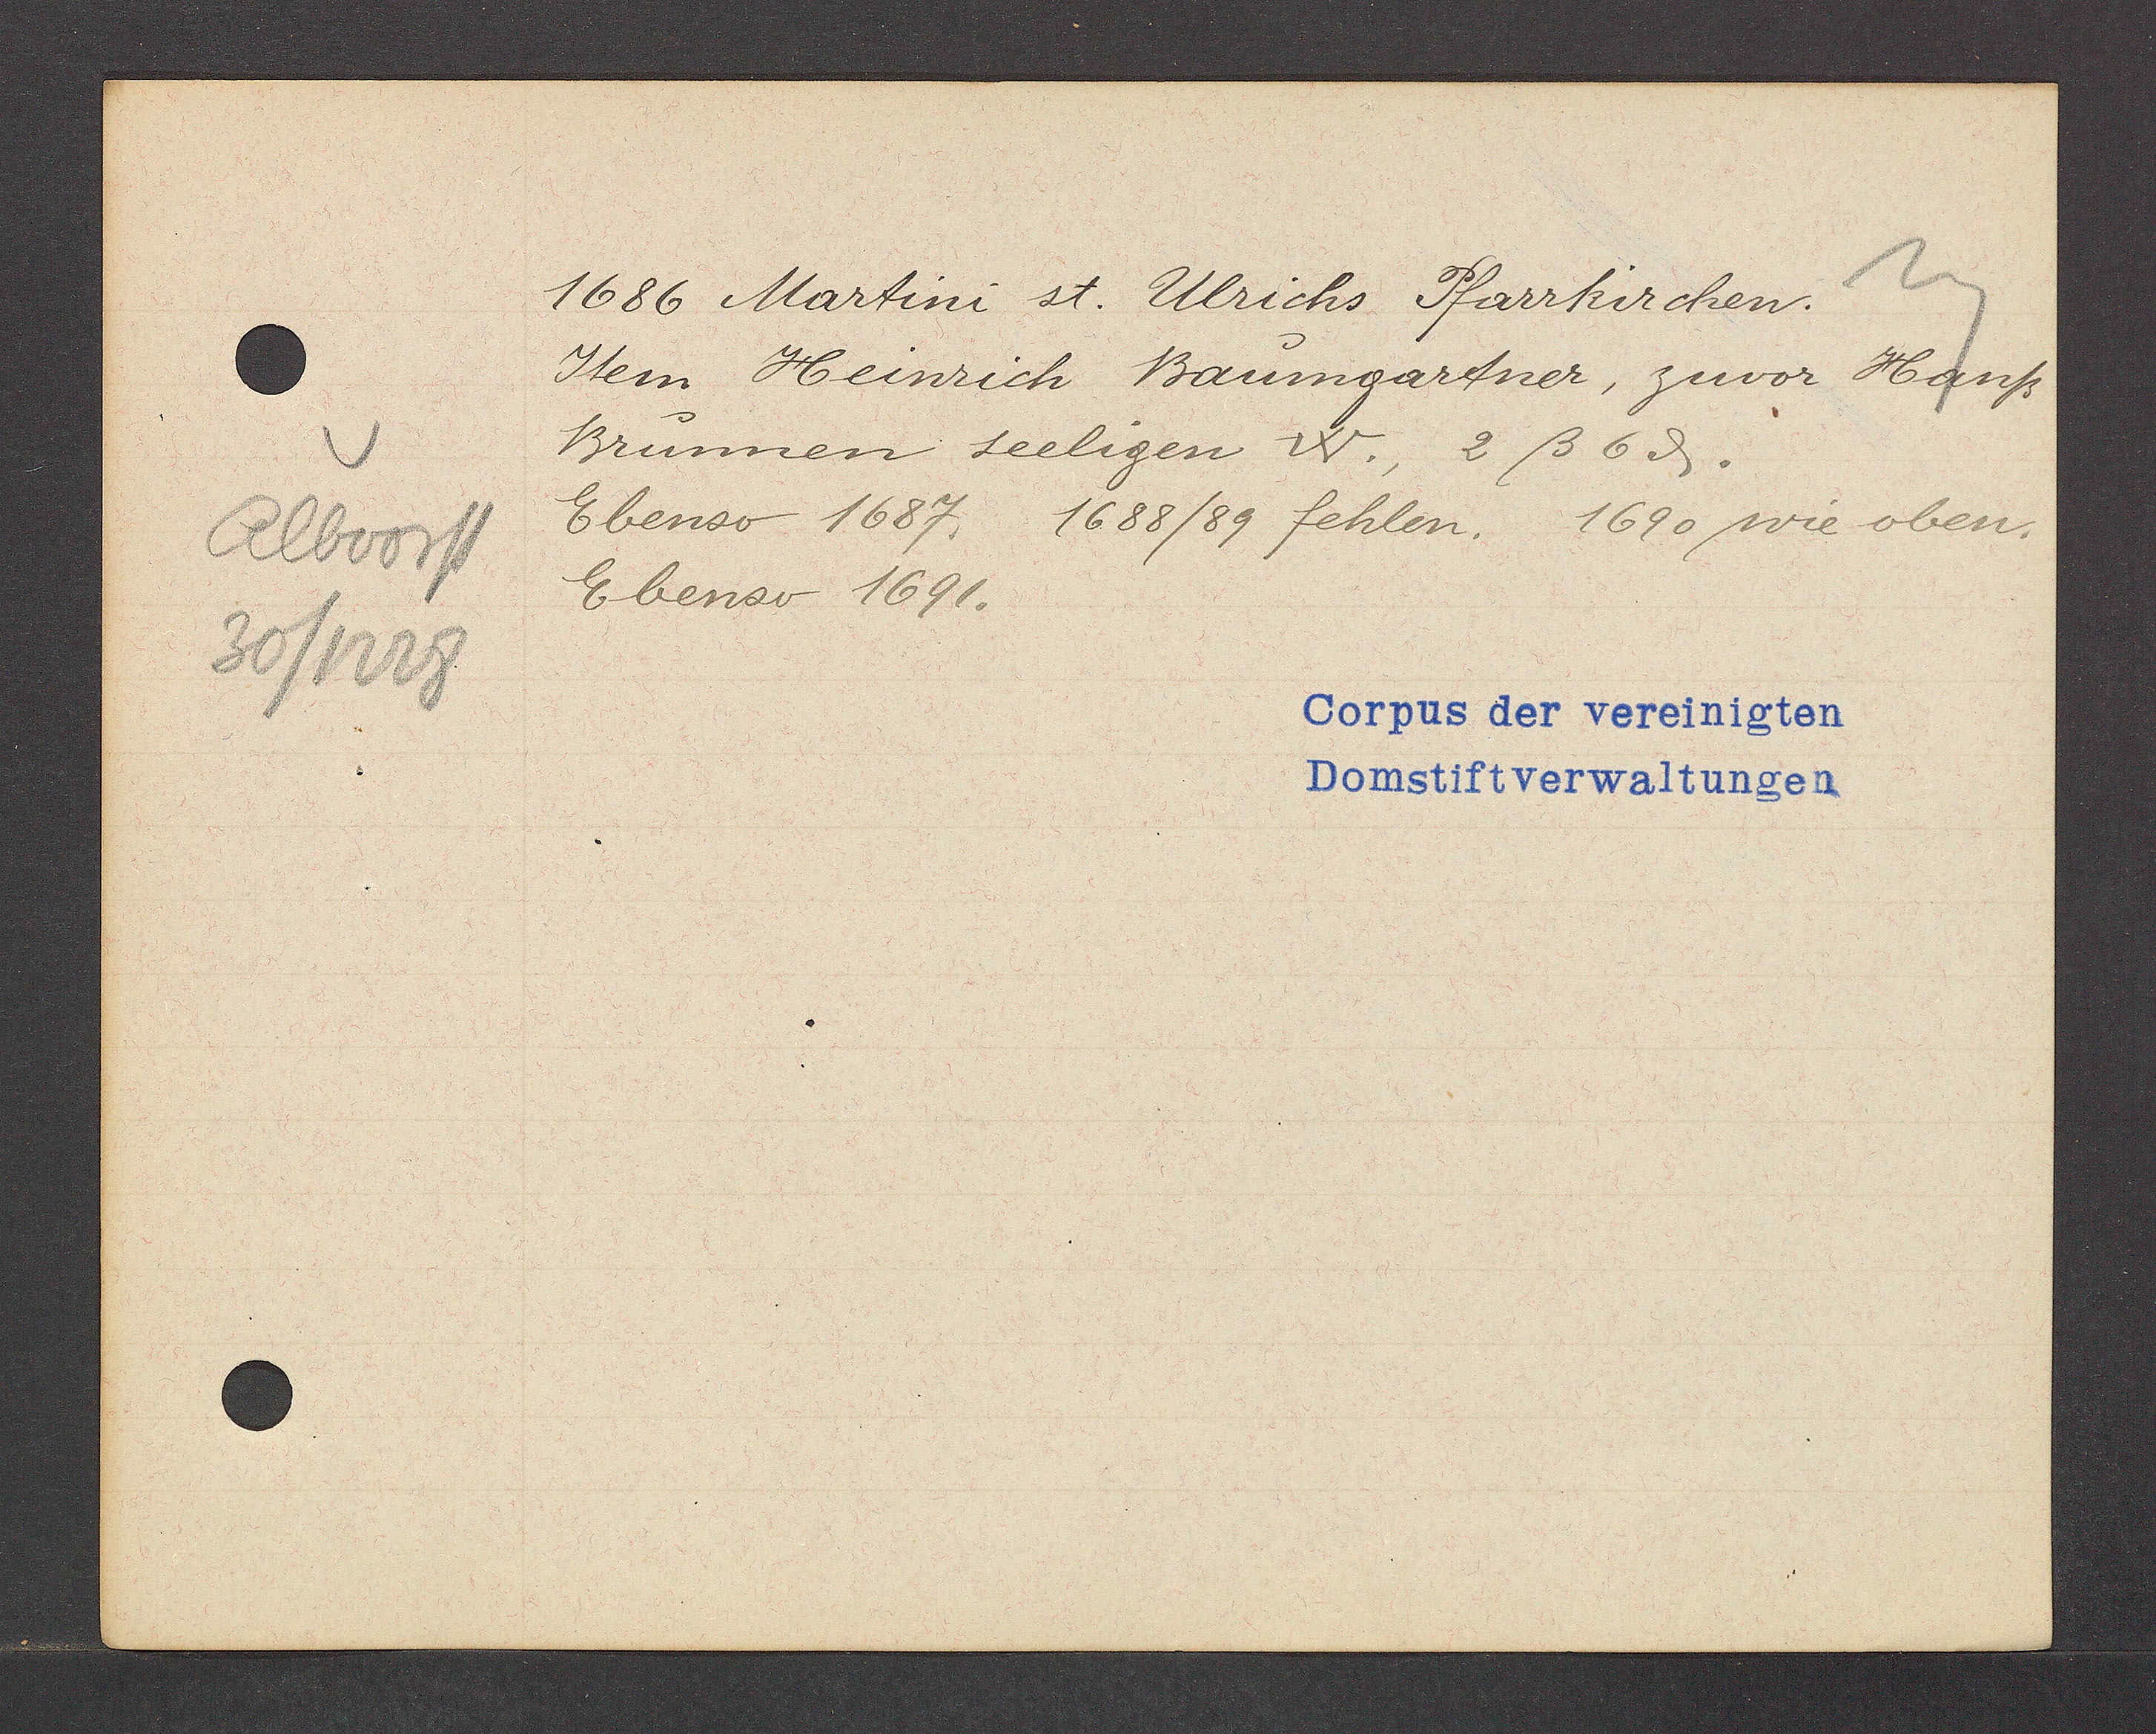
Transcript:
Albvorst
30/1228

1686 Martini st. Ulrichs. Pfarrkirchen.

Item Heinrich Baumgartner, zuvor Hanss
Brunnen seeligen W., 2ß 6ȡ.
Ebenso 1687. 1688/89 fehlen. 1690 wie oben.
Ebenso 1691.

Corpus der vereinigten
Domstiftverwaltungen